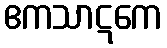
ဧကသာဋကေ